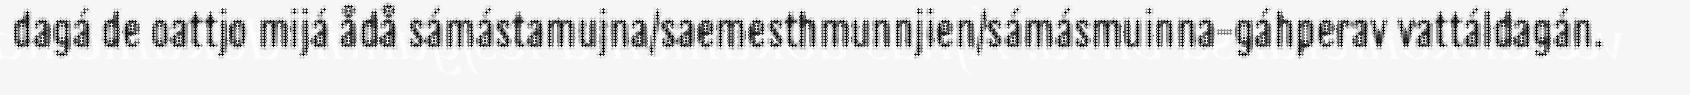
dagá de oattjo mijá ådå sámástamujna/saemesthmunnjien/sámásmuinna-gáhperav vattáldagán.